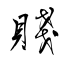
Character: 賤